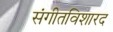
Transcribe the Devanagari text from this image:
संगीतविशारद